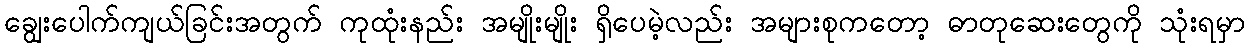
ချွေးပေါက်ကျယ်ခြင်းအတွက် ကုထုံးနည်း အမျိုးမျိုး ရှိပေမဲ့လည်း အများစုကတော့ ဓာတုဆေးတွေကို သုံးရမှာ